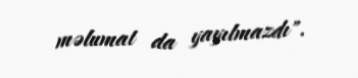
məlumat da yayılmazdı".